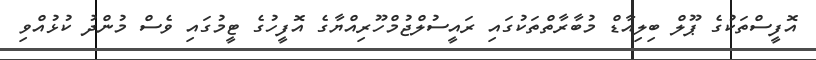
އޮފީސްތަކުގެ ޕޫލް ބިލިއާޑް މުބާރާތްތަކުގައި ރައީސުލްޖުމްހޫރިއްޔާގެ އޮފީހުގެ ޓީމުގައި ވެސް މުންދު ކުޅުއްވި